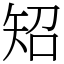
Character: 䂏